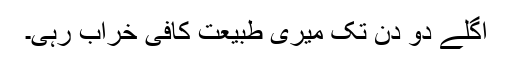
اگلے دو دن تک میری طبیعت کافی خراب رہی۔